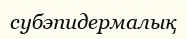
субэпидермалық